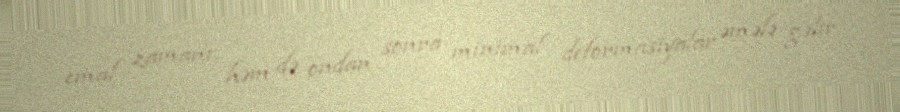
emal zamanı, həm də ondan sonra minimal deformasiyalar əmələ gəlir.